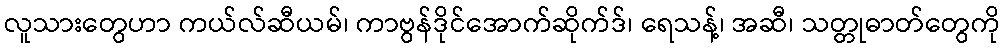
လူသားတွေဟာ ကယ်လ်ဆီယမ်၊ ကာဗွန်ဒိုင်အောက်ဆိုက်ဒ်၊ ရေသန့်၊ အဆီ၊ သတ္တုဓာတ်တွေကို